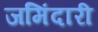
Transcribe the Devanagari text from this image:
जमिंदारी